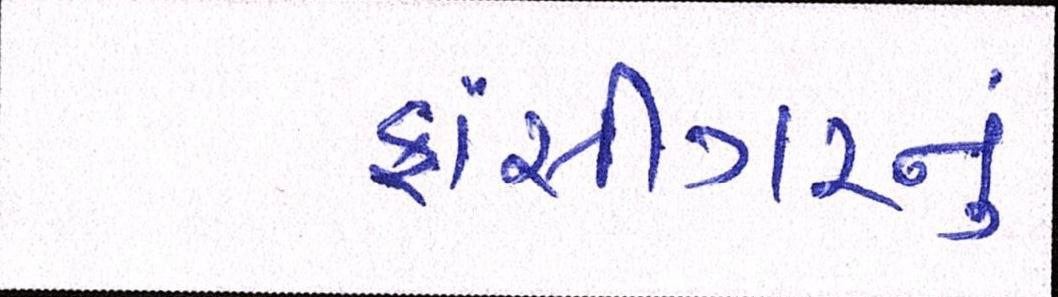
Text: ફાંસીગરનું